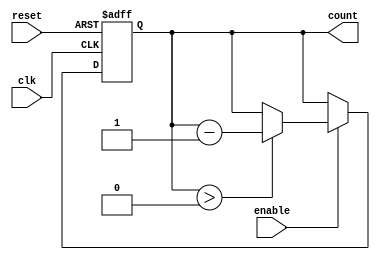
module binary_down_counter (
    input wire clk,                // Clock input
    input wire reset,              // Asynchronous reset input
    input wire enable,             // Count enable input
    output reg [N-1:0] count       // Output count value
);
    parameter N = 4;               // Number of bits (for counting down from (2^N)-1 to 0)
    localparam MAX_COUNT = (1 << N) - 1; // Maximum count value

    always @(posedge clk or posedge reset) begin
        if (reset) begin
            count <= MAX_COUNT;    // Reset to maximum count value
        end else if (enable) begin
            if (count > 0) begin
                count <= count - 1; // Decrement count
            end
        end
    end
endmodule